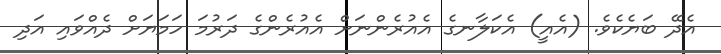
އެދޭ ބަޔެކެވެ. (އެއީ) އެކަލާނގެ އެއުރެންނަށް އެއުރެންގެ ދަރުމަ ހަމަޔަށް ދެއްވައި އަދި